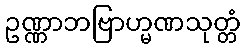
ဥဏ္ဏာဘဗြာဟ္မဏသုတ္တံ